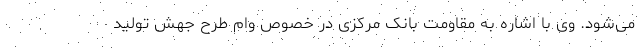
می‌شود. وی با اشاره به مقاومت بانک مرکزی در خصوص وام طرح جهش تولید